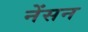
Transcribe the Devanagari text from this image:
नेंसन